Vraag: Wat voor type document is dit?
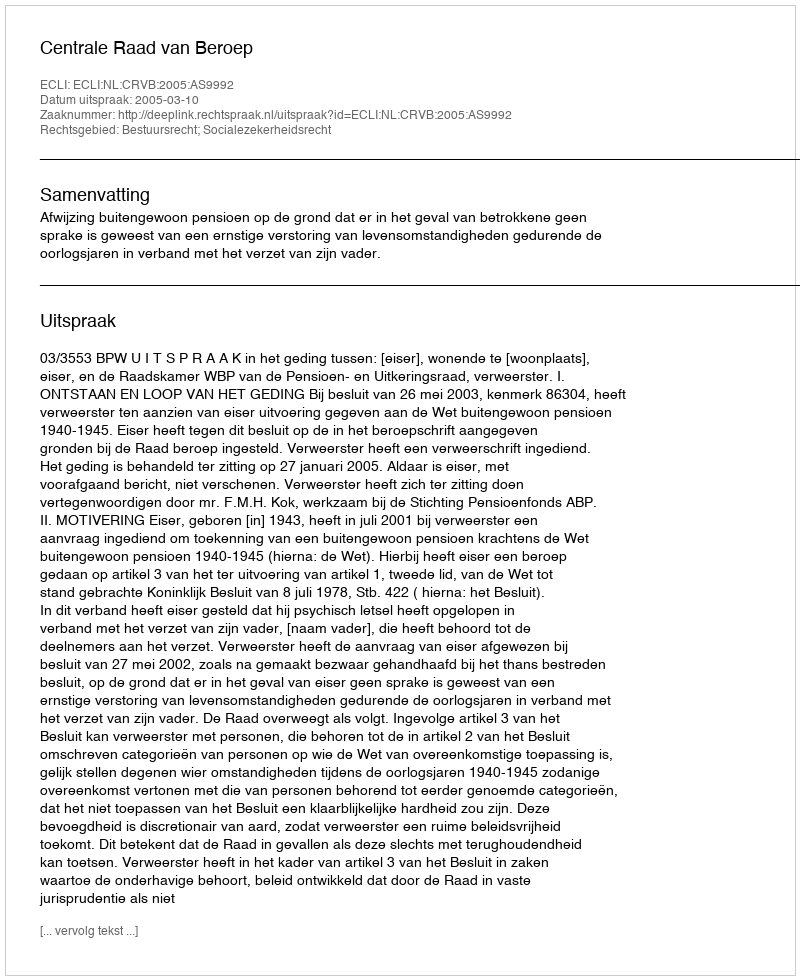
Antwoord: Uitspraak